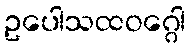
ဥပေါသထဝဂ္ဂေါ